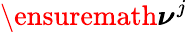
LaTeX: \ensuremath{\boldsymbol\nu}^{j}